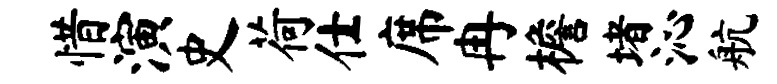
惜演史荷仕席冉檐堵沁航